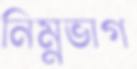
নিম্নভাগ